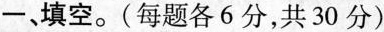
一、填空。(每题各6分，共30分)